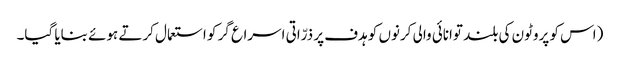
(اس کو پروٹون کی بلند توانائی والی کرنوں کو ہدف پر ذرّاتی اسراع گر کو استعمال کرتے ہوئے بنایا گیا۔